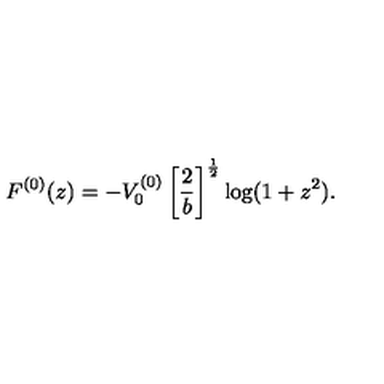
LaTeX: F ^ { ( 0 ) } ( z ) = - V _ { 0 } ^ { ( 0 ) } \left[ \frac { 2 } { b } \right] ^ { \frac { 1 } { 2 } } \log ( 1 + z ^ { 2 } ) .